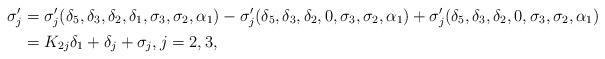
LaTeX: \begin{align*}\sigma'_j&=\sigma'_j(\delta_5,\delta_3,\delta_2,\delta_1,\sigma_{3},\sigma_{2},\alpha_1)-\sigma'_j(\delta_5,\delta_3,\delta_2,0,\sigma_{3},\sigma_{2},\alpha_1)+\sigma'_j(\delta_5,\delta_3,\delta_2,0,\sigma_{3},\sigma_{2},\alpha_1)\\&=K_{2j}\delta_1+\delta_j+\sigma_j,j=2,3,\end{align*}